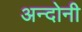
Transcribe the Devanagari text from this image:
अन्दोनी